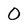
Character: O